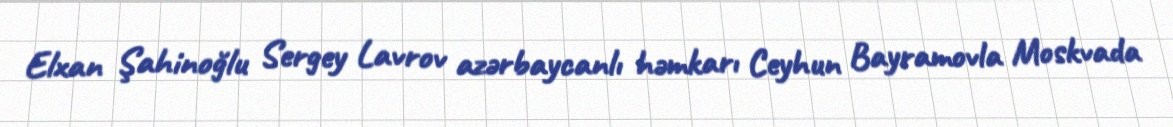
Elxan Şahinoğlu Sergey Lavrov azərbaycanlı həmkarı Ceyhun Bayramovla Moskvada